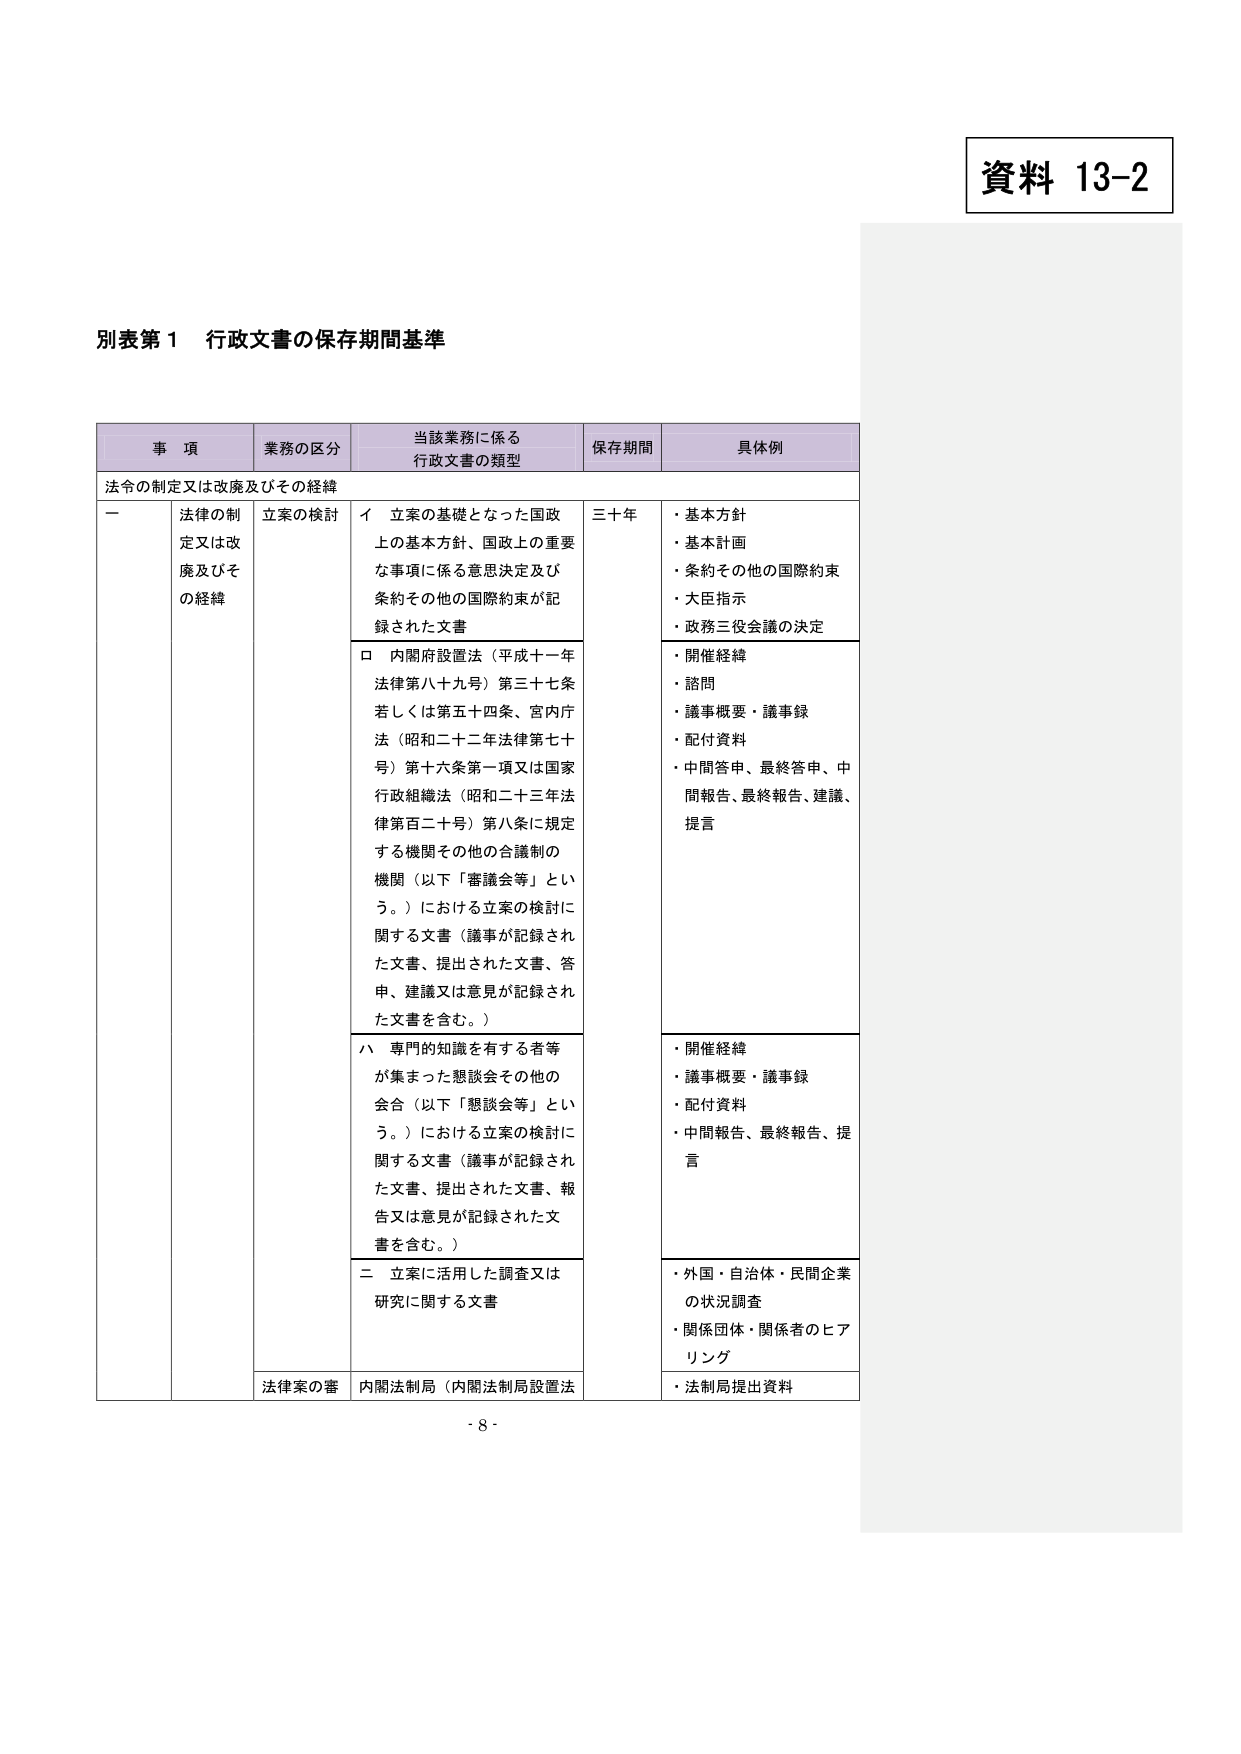
資料 13-2

別表第１ 行政文書の保存期間基準

事項 業務の区分 当該業務に係る行政文書の類型 保存期間 具体例
法令の制定又は改廃及びその経緯
一 法律の制定又は改廃及びその経緯 立案の検討 イ 立案の基礎となった国政上の基本方針、国政上の重要な事項に係る意思決定及び条約その他の国際約束が記録された文書 三十年 ・基本方針
・基本計画
・条約その他の国際約束
・大臣指示
・政務三役会議の決定
ロ 内閣府設置法（平成十一年法律第八十九号）第三十七条若しくは第五十四条、宮内庁法（昭和二十二年法律第七十号）第十六条第一項又は国家行政組織法（昭和二十三年法律第百二十号）第八条に規定する機関その他の合議制の機関（以下「審議会等」という。）における立案の検討に関する文書（議事が記録された文書、提出された文書、答申、建議又は意見が記録された文書を含む。） ・開催経緯
・諮問
・議事概要・議事録
・配付資料
・中間答申、最終答申、中間報告、最終報告、建議、提言
ハ 専門的知識を有する者等が集まった懇談会その他の会合（以下「懇談会等」という。）における立案の検討に関する文書（議事が記録された文書、提出された文書、報告又は意見が記録された文書を含む。） ・開催経緯
・議事概要・議事録
・配付資料
・中間報告、最終報告、提言
二 立案に活用した調査又は研究に関する文書 ・外国・自治体・民間企業の状況調査
・関係団体・関係者のヒアリング
法律案の審 内閣法制局（内閣法制局設置法） ・法制局提出資料

- 8 -